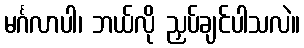
မင်္ဂလာပါ၊ ဘယ်လို ညှပ်ချင်ပါသလဲ။